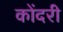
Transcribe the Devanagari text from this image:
कोंदरी